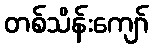
တစ်သိန်းကျော်